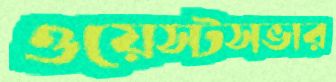
ওয়েস্টসভার